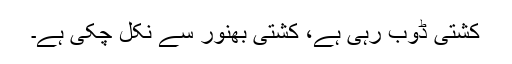
کشتی ڈوب رہی ہے، کشتی بھنور سے نکل چکی ہے۔